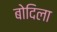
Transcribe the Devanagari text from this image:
बोदिला